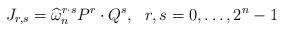
LaTeX: \begin{align*}J_{r,s}=\widehat{\omega}_n^{r\cdot s}P^r\cdot Q^s,\,\,\,\,r,s=0,\ldots,2^n-1\end{align*}